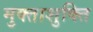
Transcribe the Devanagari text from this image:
मुक्ताशुक्ति